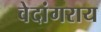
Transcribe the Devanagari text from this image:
वेदांगराय